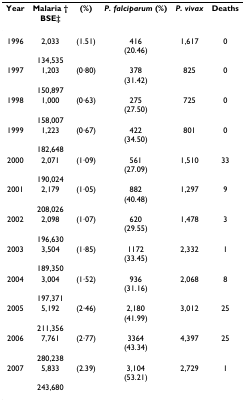
| Year | Malaria † | (%) | P. falciparum (%) | P. vivax | Deaths |
 |  | BSE‡ |  |  |  |  |
 | --- | --- | --- | --- | --- | --- |
 | 1996 | 2,033 | (1.51) | 416(20.46) | 1,617 | 0 |
 |  | 134,535 |  |  |  |  |
 | 1997 | 1,203 | (0·80) | 378(31.42) | 825 | 0 |
 |  | 150,897 |  |  |  |  |
 | 1998 | 1,000 | (0·63) | 275(27.50) | 725 | 0 |
 |  | 158,007 |  |  |  |  |
 | 1999 | 1,223 | (0·67) | 422(34.50) | 801 | 0 |
 |  | 182,648 |  |  |  |  |
 | 2000 | 2,071 | (1·09) | 561(27.09) | 1,510 | 33 |
 |  | 190,024 |  |  |  |  |
 | 2001 | 2,179 | (1·05) | 882(40.48) | 1,297 | 9 |
 |  | 208,026 |  |  |  |  |
 | 2002 | 2,098 | (1·07) | 620(29.55) | 1,478 | 3 |
 |  | 196,630 |  |  |  |  |
 | 2003 | 3,504 | (1·85) | 1172(33.45) | 2,332 | 1 |
 |  | 189,350 |  |  |  |  |
 | 2004 | 3,004 | (1·52) | 936(31.16) | 2,068 | 8 |
 |  | 197,371 |  |  |  |  |
 | 2005 | 5,192 | (2·46) | 2,180(41.99) | 3,012 | 25 |
 |  | 211,356 |  |  |  |  |
 | 2006 | 7,761 | (2·77) | 3364(43.34) | 4,397 | 25 |
 |  | 280,238 |  |  |  |  |
 | 2007 | 5,833 | (2.39) | 3,104(53.21) | 2,729 | 1 |
 |  | 243,680 |  |  |  |  |